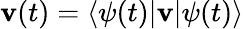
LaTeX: {\mathbf v}(t)=\langle\psi(t)|{\mathbf v}|\psi(t)\rangle